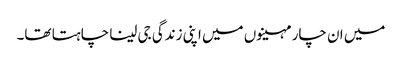
میں ان چار مہینوں میں اپنی زندگی جی لینا چاہتا تھا۔